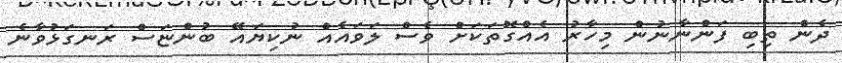
ދެން ތިބި ފަންނާނުން މިހާރު އެއްގޮތަކަށް ވެސް ލަވައެއް ނުކިޔައޭ ބުންޏަސް ރަނގަޅުވާނެ